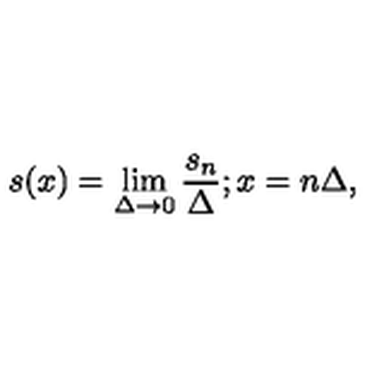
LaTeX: s ( x ) = \lim _ { \Delta \rightarrow 0 } \frac { s _ { n } } { \Delta } ; x = n \Delta ,